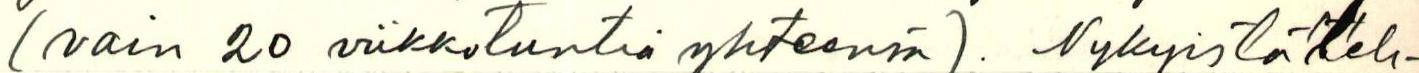
(vain 20 viikkotuntia yhteensä). Nykyistä leh-